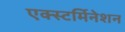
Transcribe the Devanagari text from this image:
एक्स्टर्मिनेशन